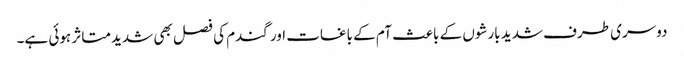
دوسری طرف شدید بارشوں کے باعث آم کے باغات اور گندم کی فصل بھی شدید متاثر ہوئی ہے۔